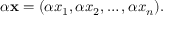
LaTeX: \alpha \mathbf { x } = ( \alpha x _ { 1 } , \alpha x _ { 2 } , \ldots , \alpha x _ { n } ) .